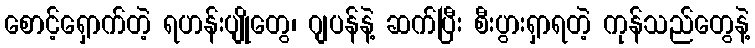
စောင့်ရှောက်တဲ့ ရဟန်းပျိုတွေ၊ ဂျပန်နဲ့ ဆက်ပြီး စီးပွားရှာရတဲ့ ကုန်သည်တွေနဲ့